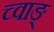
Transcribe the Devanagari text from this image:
च्वाङ्‌